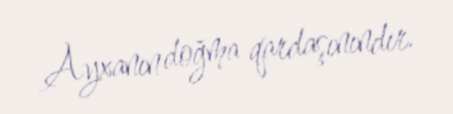
Ayxanın doğma qardaşınındır.